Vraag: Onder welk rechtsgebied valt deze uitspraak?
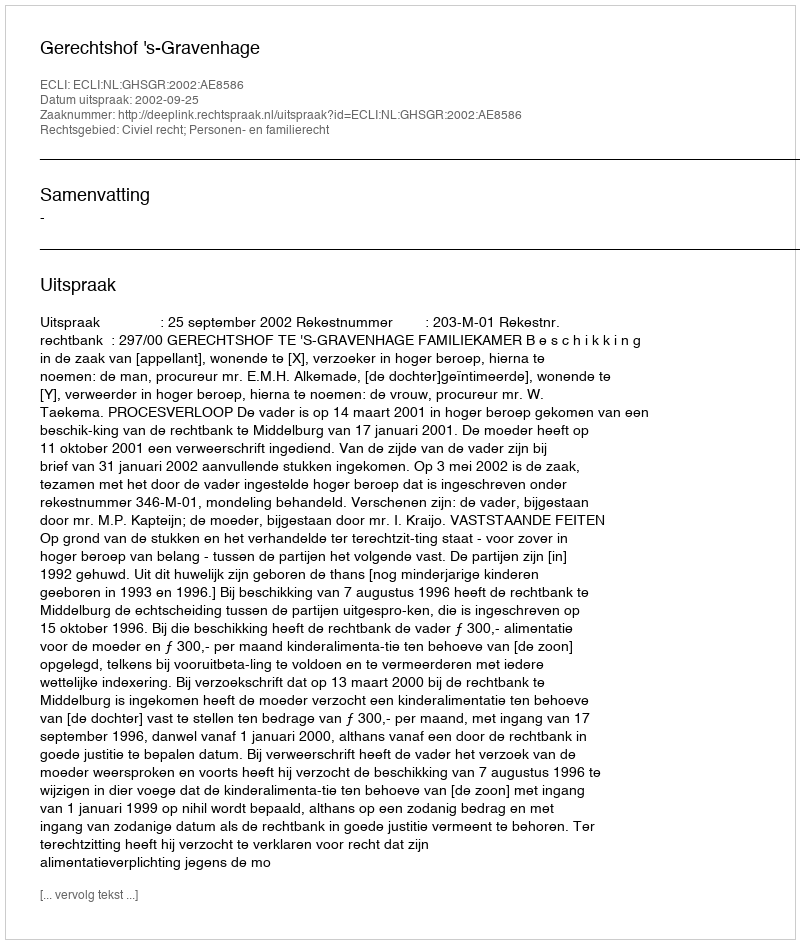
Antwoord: Civiel recht; Personen- en familierecht